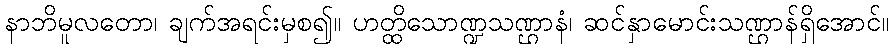
နာဘိမူလတော၊ ချက်အရင်းမှစ၍။ ဟတ္ထိသောဏ္ဍသဏ္ဌာနံ၊ ဆင်နှာမောင်းသဏ္ဌာန်ရှိအောင်။